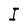
Character: I